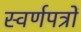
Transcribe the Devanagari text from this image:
स्वर्णपत्रों